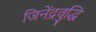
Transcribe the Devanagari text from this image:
जिनेंद्रवुद्धि